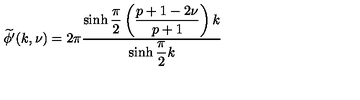
\widetilde { \phi ^ { \prime } } ( k , \nu ) = 2 \pi \displaystyle \frac { \sinh \displaystyle \frac { \pi } { 2 } \left( \displaystyle \frac { p + 1 - 2 \nu } { p + 1 } \right) k } { \sinh \displaystyle \frac { \pi } { 2 } k }